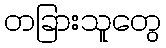
တခြားသူတွေ